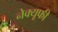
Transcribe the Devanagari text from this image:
नेक्यूफी